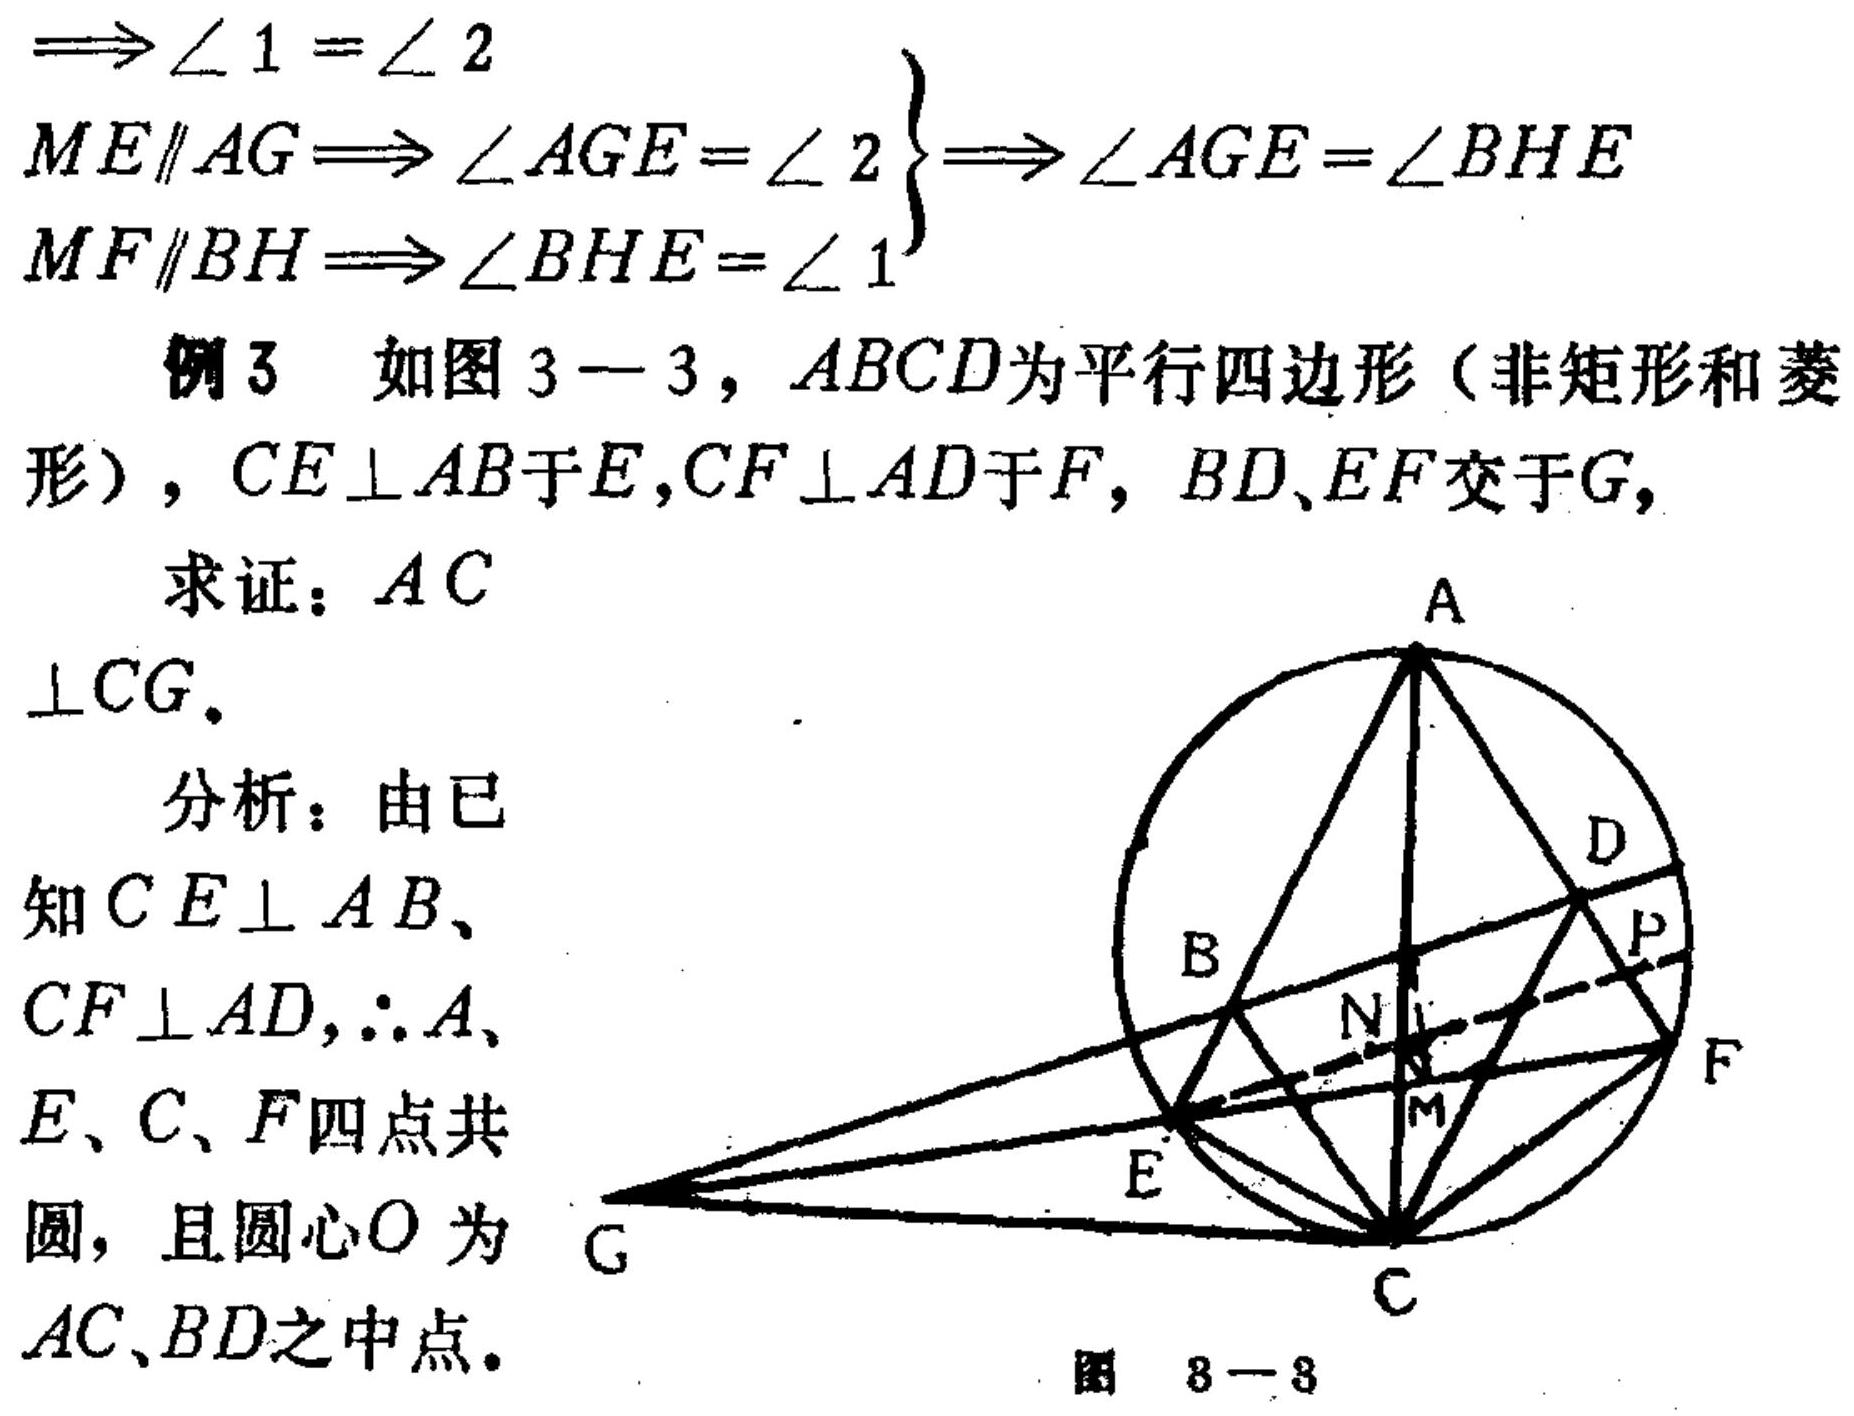
\(\begin{align*}
&\Longrightarrow\angle 1=\angle 2\\
&ME\parallel AG\Longrightarrow\angle AGE=\angle 2\\
&MF\parallel BH\Longrightarrow\angle BHE=\angle 1
\end{align*}
\left.\begin{array}{l}
\\
\\
\end{array}\right\}\Longrightarrow\angle AGE=\angle BHE\)
例3 如图3 - 3，\(ABCD\)为平行四边形（非矩形和菱形），\(CE\perp AB\)于\(E\)，\(CF\perp AD\)于\(F\)，\(BD\)、\(EF\)交于\(G\)，
求证：\(AC\perp CG\)。
分析：由已知\(CE\perp AB\)、\(CF\perp AD\)，\(\therefore A\)、\(E\)、\(C\)、\(F\)四点共圆，且圆心\(O\)为\(AC\)、\(BD\)之中点。